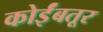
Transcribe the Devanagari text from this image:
कोर्इंबतूर